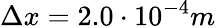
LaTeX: \Delta x=2.0\cdot 10^{-4}m